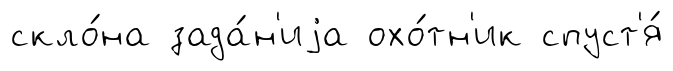
скло́на зада́н'иjа охо́тн'ик спуст'я́